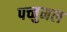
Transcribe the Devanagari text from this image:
पच्चुमल